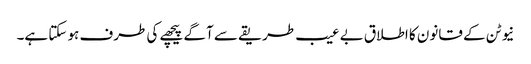
نیوٹن کے قانون کا اطلاق بے عیب طریقے سے آگے پیچھے کی طرف ہو سکتا ہے۔